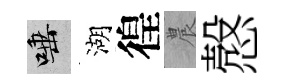
唾湖徨農慤